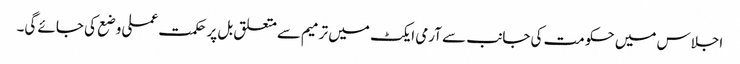
اجلاس میں حکومت کی جانب سے آرمی ایکٹ میں ترمیم سےمتعلق بل پرحکمت عملی وضع کی جائے گی۔